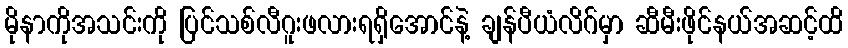
မိုနာကိုအသင်းကို ပြင်သစ်လီဂူးဖလားရရှိအောင်နဲ့ ချန်ပီယံလိဂ်မှာ ဆီမီးဖိုင်နယ်အဆင့်ထိ